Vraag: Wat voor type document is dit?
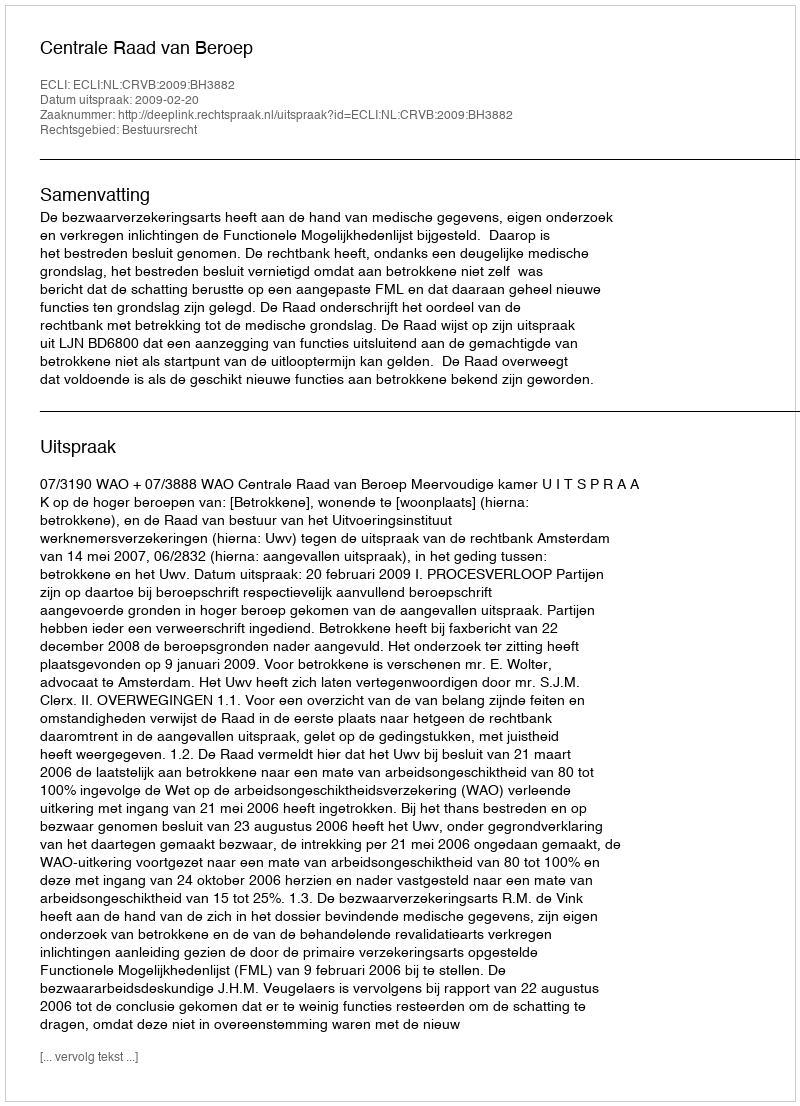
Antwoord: Uitspraak